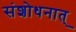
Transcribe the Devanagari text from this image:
संशोधनात्